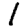
Digit: 1